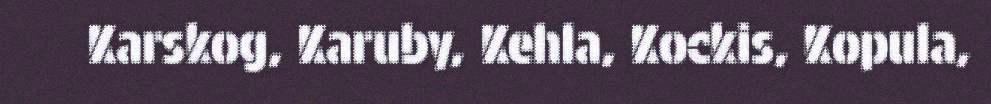
Karskog, Karuby, Kehla, Kockis, Kopula,